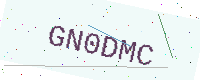
Text: GN0DMC